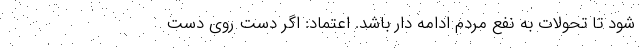
شود تا تحولات به نفع مردم ادامه دار باشد. اعتماد: اگر دست روی دست